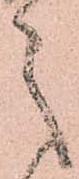
之